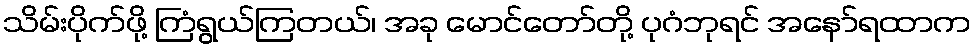
သိမ်းပိုက်ဖို့ ကြံရွယ်ကြတယ်၊ အခု မောင်တော်တို့ ပုဂံဘုရင် အနော်ရထာက